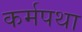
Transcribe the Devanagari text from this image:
कर्मपथा